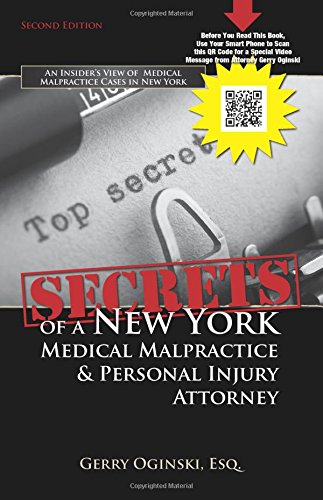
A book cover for Secrets of a New York Medical Malpractice & Personal Injury Attorney; Gerry Oginski; Law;